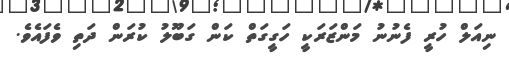
ނިއަލް ހުރީ ފެނުނު މަންޒަރަކީ ހަގީގަތް ކަން ގަބޫލު ކުރަން ދަތި ވެފައެވެ.